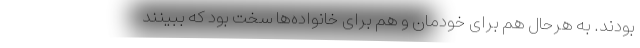
بودند. به هرحال هم برای خودمان و هم برای خانواده‌ها ‌سخت بود که ببینند